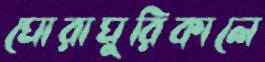
ঘোরাঘুরিকালে